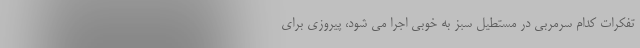
تفکرات کدام سرمربی در مستطیل سبز به خوبی اجرا می شود، پیروزی برای